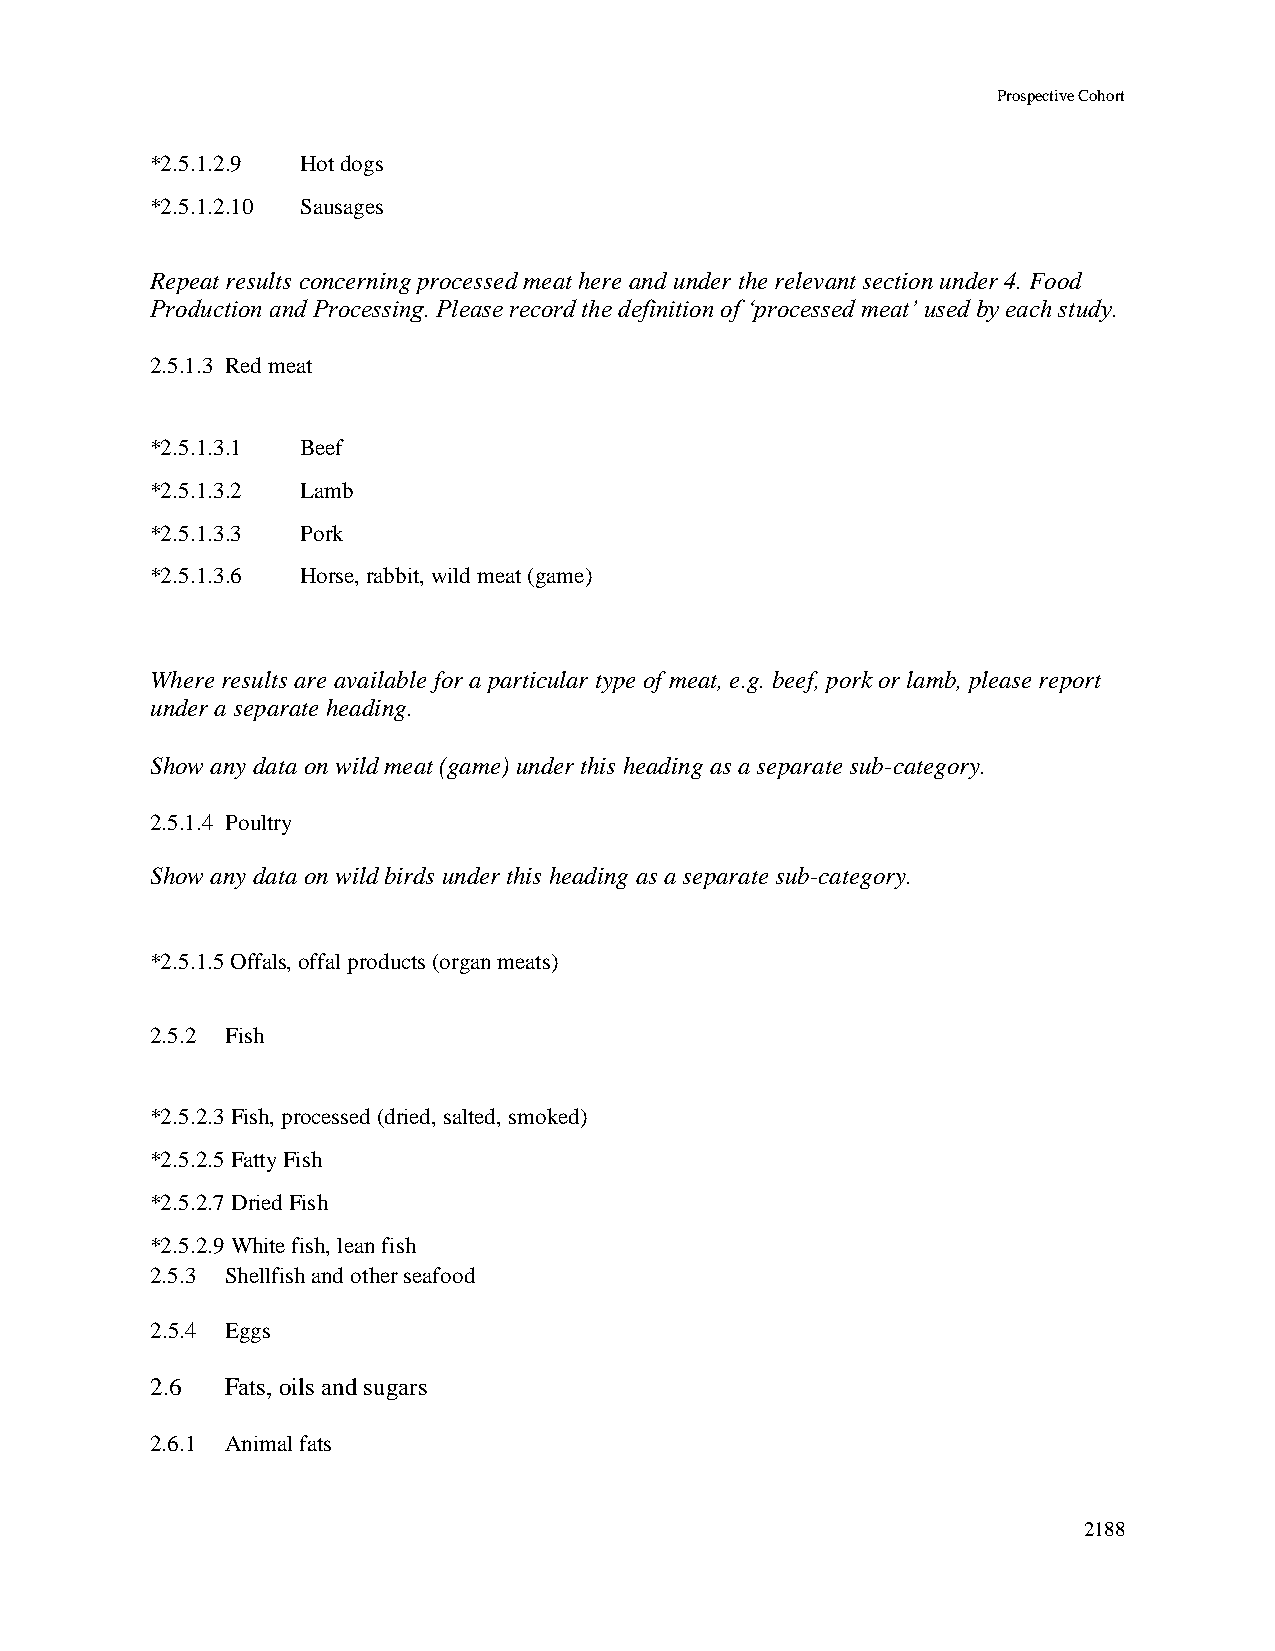
Prospective Cohort
 *2.5.1.2.9 Hot dogs
 *2.5.1.2.10 Sausages
 Repeat results concerning processed meat here and under the relevant section under 4. Food
 Production and Processing. Please record the definition of ‘processed meat’ used by each study.
 2.5.1.3 Red meat
 *2.5.1.3.1 Beef
 *2.5.1.3.2 Lamb
 *2.5.1.3.3 Pork
 *2.5.1.3.6 Horse, rabbit, wild meat (game)
 Where results are available for a particular type of meat, e.g. beef, pork or lamb, please report
 under a separate heading.
 Show any data on wild meat (game) under this heading as a separate sub-category.
 2.5.1.4 Poultry
 Show any data on wild birds under this heading as a separate sub-category.
 *2.5.1.5 Offals, offal products (organ meats)
 2.5.2 Fish
 *2.5.2.3 Fish, processed (dried, salted, smoked)
 *2.5.2.5 Fatty Fish
 *2.5.2.7 Dried Fish
 *2.5.2.9 White fish, lean fish
 2.5.3 Shellfish and other seafood
 2.5.4 Eggs
 2.6  Fats, oils and sugars
 2.6.1 Animal fats
 2188